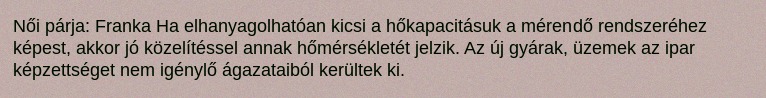
Női párja: Franka Ha elhanyagolhatóan kicsi a hőkapacitásuk a mérendő rendszeréhez képest, akkor jó közelítéssel annak hőmérsékletét jelzik. Az új gyárak, üzemek az ipar képzettséget nem igénylő ágazataiból kerültek ki.